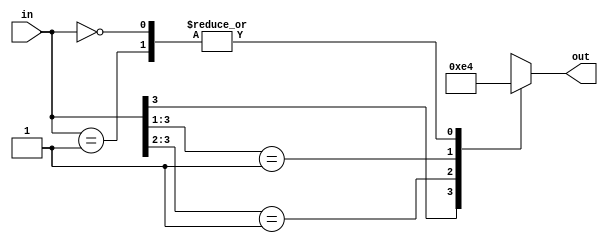
// This program was cloned from: https://github.com/eminfedar/fedar-f1-rv64im
// License: MIT License

module Encoder_4 (
    input [3:0] in,
    output reg [1:0] out
  );
  initial begin
    out = 0;
  end

  always @(in) begin
    casex (in)
      4'b1xxx : out = 3;
      4'b01xx : out = 2;
      4'b001x : out = 1;
      4'b0001 : out = 0;
      4'b0000 : out = 0;
      default: out = 0;
    endcase
  end
endmodule

module Encoder_8 (
    input [7:0] in,
    output reg [2:0] out
  );
  initial begin
    out = 0;
  end
  
  always @(in) begin
    casex (in)
      8'b1xxxxxxx : out = 7;
      8'b01xxxxxx : out = 6;
      8'b001xxxxx : out = 5;
      8'b0001xxxx : out = 4;
      8'b00001xxx : out = 3;
      8'b000001xx : out = 2;
      8'b0000001x : out = 1;
      8'b00000001 : out = 0;
      8'b00000000 : out = 0;
      default: out = 0;
    endcase
  end
  
endmodule

module Encoder_16 (
    input [15:0] in,
    output reg [3:0] out
  );
  initial begin
    out = 0;
  end
  
  always @(in) begin
    casex (in)
      16'b1xxxxxxxxxxxxxxx : out = 15;
      16'b01xxxxxxxxxxxxxx : out = 14;
      16'b001xxxxxxxxxxxxx : out = 13;
      16'b0001xxxxxxxxxxxx : out = 12;
      16'b00001xxxxxxxxxxx : out = 11;
      16'b000001xxxxxxxxxx : out = 10;
      16'b0000001xxxxxxxxx : out = 9;
      16'b00000001xxxxxxxx : out = 8;
      16'b000000001xxxxxxx : out = 7;
      16'b0000000001xxxxxx : out = 6;
      16'b00000000001xxxxx : out = 5;
      16'b000000000001xxxx : out = 4;
      16'b0000000000001xxx : out = 3;
      16'b00000000000001xx : out = 2;
      16'b000000000000001x : out = 1;
      16'b0000000000000001 : out = 0;
      16'b0000000000000000 : out = 0;
      default: out = 0;
    endcase
  end
  
endmodule